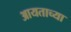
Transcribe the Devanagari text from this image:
आयताच्या